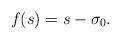
LaTeX: \begin{gather*}f(s)= s-\sigma_0. \end{gather*}